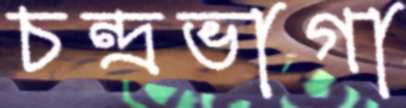
চন্দ্রভাগা